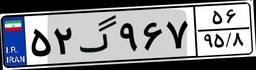
۵۲گ۹۶۷۵۶